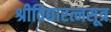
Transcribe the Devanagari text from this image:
श्रीविद्यारत्नसूत्र